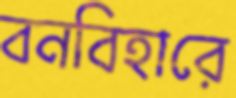
বনবিহারে